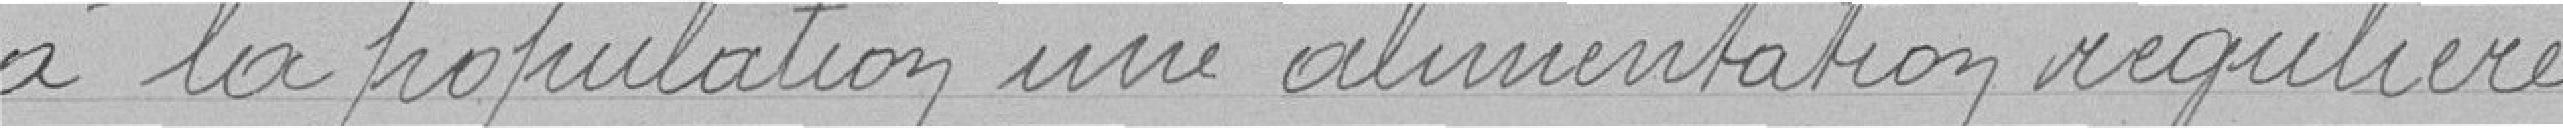
à la population une alimentation régulière